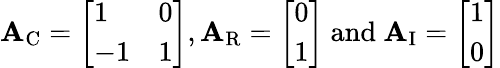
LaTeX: \begin{array}{r}{\mathbf{A}_{\textrm{C}}=\left[\begin{array}{ll}{1}&{0}\\ {-1}&{1}\end{array}\right],\mathbf{A}_{\textrm{R}}=\left[\begin{array}{l}{0}\\ {1}\end{array}\right]\mathrm{~and~}\mathbf{A}_{\textrm{I}}=\left[\begin{array}{l}{1}\\ {0}\end{array}\right]}\end{array}